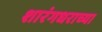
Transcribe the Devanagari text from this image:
शारंगधराच्या